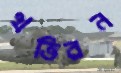
খতিরন